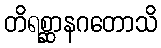
တိရစ္ဆာနဂတောသိ